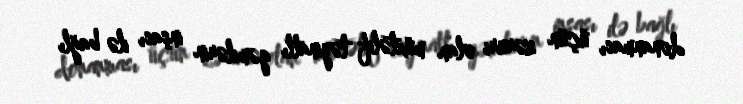
donanması üçün zəruri olan müxtəlif təyinatlı gəmilərin inşası ilə bağlı